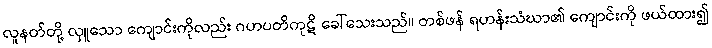
လူနတ်တို့ လှူသော ကျောင်းကိုလည်း ဂဟပတိကုဋိ ခေါ်သေးသည်။ တစ်ဖန် ရဟန်းသံဃာ၏ ကျောင်းကို ဖယ်ထား၍